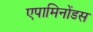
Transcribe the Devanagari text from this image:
एपामिनोंडस